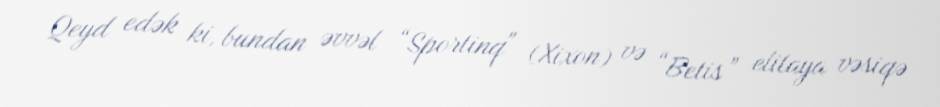
Qeyd edək ki, bundan əvvəl “Sportinq" (Xixon) və “Betis” elitaya vəsiqə